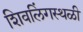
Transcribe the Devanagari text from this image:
शिवलिंगस्थळी